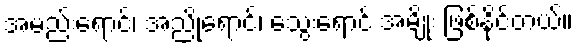
အမည်းရောင်၊ အညိုရောင်၊ သွေးရောင် အမျိုး ဖြစ်နိုင်တယ်။